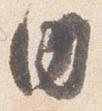
内